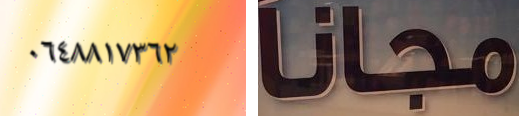
٠٦٤٨٨١٧٣٦٢ مجانا